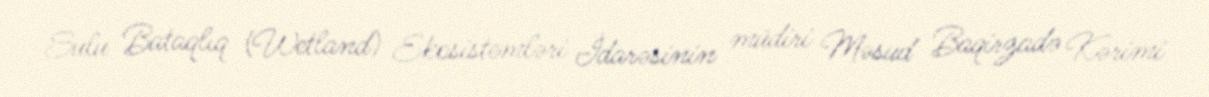
Sulu Bataqlıq (Wetland) Ekosistemləri İdarəsinin müdiri Məsud Baqirzadə Kərimi